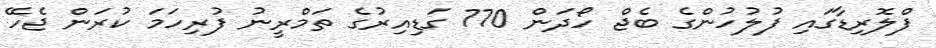
ފްލޮރިޑާގައި ފުލުހުންގެ ބެޖް ހޯދަން 770 ގަޑިއިރުގެ ތަމްރީނު ފުރިހަމަ ކުރަން ޖެހޭ